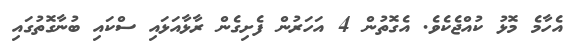
އެހާމެ މޮޅު ކުއްޖެކެވެ. އެގޮތުން 4 އަހަރުން ފެށިގެން ރާޅާއަޅައި ސްކައި ބުނާގޮތުގައި